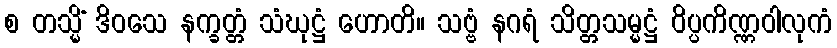
စ တသ္မိံ ဒိဝသေ နက္ခတ္တံ သံဃုဋ္ဌံ ဟောတိ။ သဗ္ဗံ နဂရံ သိတ္တသမ္မဋ္ဌံ ဝိပ္ပကိဏ္ဏဝါလုကံ